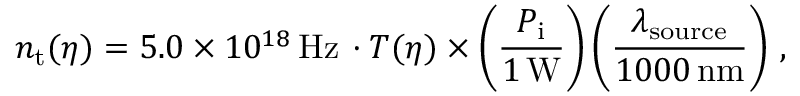
n _ { \mathrm { t } } ( \eta ) = 5 . 0 \times 1 0 ^ { 1 8 } \, \mathrm { H z } \, \cdot T ( \eta ) \times \left( \frac { P _ { \mathrm { i } } } { 1 \, \mathrm { W } } \right) \left( \frac { \lambda _ { \mathrm { s o u r c e } } } { 1 0 0 0 \, \mathrm { n m } } \right) \, ,